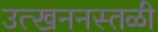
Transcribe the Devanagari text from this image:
उत्खननस्तळी